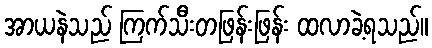
အာယနဲသည် ကြက်သီးတဖြန်းဖြန်း ထလာခဲ့ရသည်။